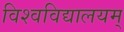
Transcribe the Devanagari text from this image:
विश्वविद्यालयम्‌